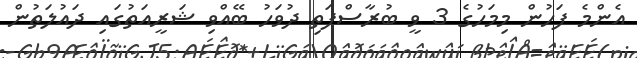
އެންމެ ފަހުން މިމަހުގެ 3 ވީ ބުރާސްފަތި ދުވަހު ބޭއްވި ޝަރީއަތުގައި ދައުލަތުން